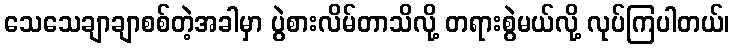
သေသေချာချာစစ်တဲ့အခါမှာ ပွဲစားလိမ်တာသိလို့ တရားစွဲမယ်လို့ လုပ်ကြပါတယ်၊